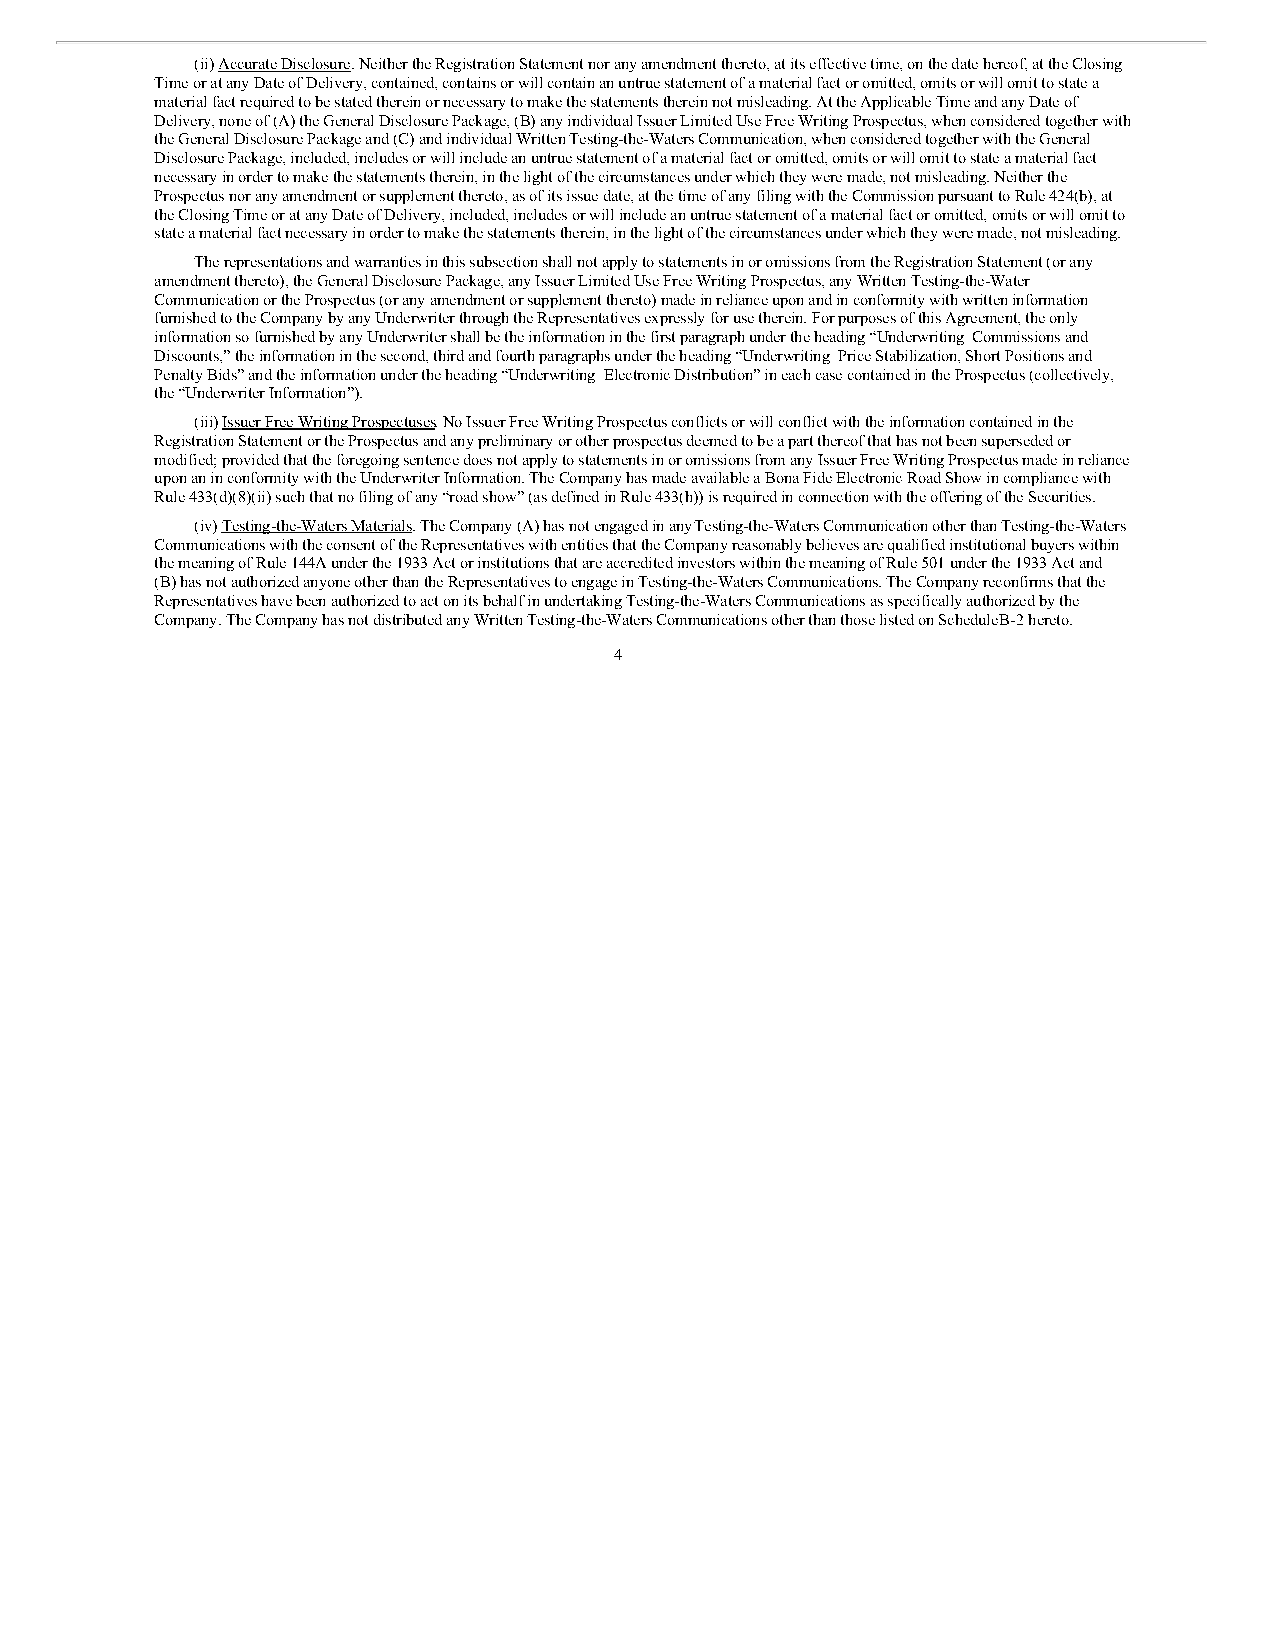
(ii) Accurate Disclosure. Neither the Registration Statement nor any amendment thereto, at its effective time, on the date hereof, at the Closing
 Time or at any Date of Delivery, contained, contains or will contain an untrue statement of a material fact or omitted, omits or will omit to state a
 material fact required to be stated therein or necessary to make the statements therein not misleading. At the Applicable Time and any Date of
 Delivery, none of (A) the General Disclosure Package, (B) any individual Issuer Limited Use Free Writing Prospectus, when considered together with
 the General Disclosure Package and (C) and individual Written Testing-the-Waters Communication, when considered together with the General
 Disclosure Package, included, includes or will include an untrue statement of a material fact or omitted, omits or will omit to state a material fact
 necessary in order to make the statements therein, in the light of the circumstances under which they were made, not misleading. Neither the
 Prospectus nor any amendment or supplement thereto, as of its issue date, at the time of any filing with the Commission pursuant to Rule 424(b), at
 the Closing Time or at any Date of Delivery, included, includes or will include an untrue statement of a material fact or omitted, omits or will omit to
 state a material fact necessary in order to make the statements therein, in the light of the circumstances under which they were made, not misleading.
 The representations and warranties in this subsection shall not apply to statements in or omissions from the Registration Statement (or any
 amendment thereto), the General Disclosure Package, any Issuer Limited Use Free Writing Prospectus, any Written Testing-the-Water
 Communication or the Prospectus (or any amendment or supplement thereto) made in reliance upon and in conformity with written information
 furnished to the Company by any Underwriter through the Representatives expressly for use therein. For purposes of this Agreement, the only
 information so furnished by any Underwriter shall be the information in the first paragraph under the heading “Underwriting–Commissions and
 Discounts,” the information in the second, third and fourth paragraphs under the heading “Underwriting–Price Stabilization, Short Positions and
 Penalty Bids” and the information under the heading “Underwriting–Electronic Distribution” in each case contained in the Prospectus (collectively,
 the “Underwriter Information”).
 (iii) Issuer Free Writing Prospectuses. No Issuer Free Writing Prospectus conflicts or will conflict with the information contained in the
 Registration Statement or the Prospectus and any preliminary or other prospectus deemed to be a part thereof that has not been superseded or
 modified; provided that the foregoing sentence does not apply to statements in or omissions from any Issuer Free Writing Prospectus made in reliance
 upon an in conformity with the Underwriter Information. The Company has made available a Bona Fide Electronic Road Show in compliance with
 Rule 433(d)(8)(ii) such that no filing of any “road show” (as defined in Rule 433(h)) is required in connection with the offering of the Securities.
 (iv) Testing-the-Waters Materials. The Company (A) has not engaged in any Testing-the-Waters Communication other than Testing-the-Waters
 Communications with the consent of the Representatives with entities that the Company reasonably believes are qualified institutional buyers within
 the meaning of Rule 144A under the 1933 Act or institutions that are accredited investors within the meaning of Rule 501 under the 1933 Act and
 (B) has not authorized anyone other than the Representatives to engage in Testing-the-Waters Communications. The Company reconfirms that the
 Representatives have been authorized to act on its behalf in undertaking Testing-the-Waters Communications as specifically authorized by the
 Company. The Company has not distributed any Written Testing-the-Waters Communications other than those listed on Schedule B-2 hereto.
 4